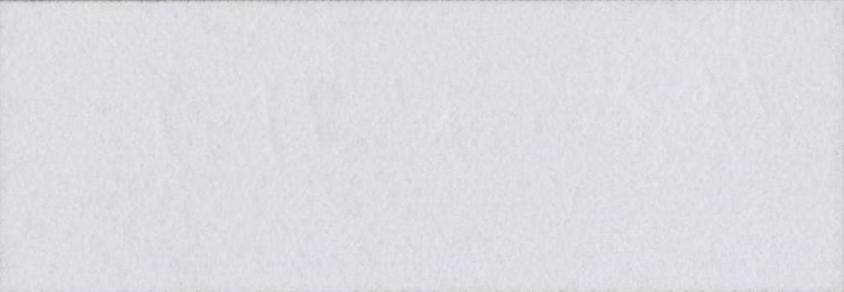
छू-मंतर